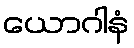
ယောဂါနံ